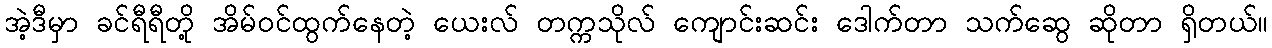
အဲ့ဒီမှာ ခင်ရီရီတို့ အိမ်ဝင်ထွက်နေတဲ့ ယေးလ် တက္ကသိုလ် ကျောင်းဆင်း ဒေါက်တာ သက်ဆွေ ဆိုတာ ရှိတယ်။